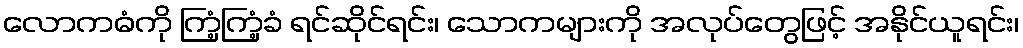
လောကဓံကို ကြံ့ကြံ့ခံ ရင်ဆိုင်ရင်း၊ သောကများကို အလုပ်တွေဖြင့် အနိုင်ယူရင်း၊